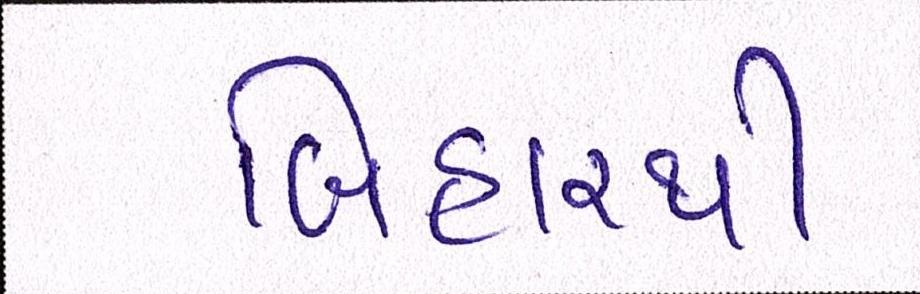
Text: બિહારથી